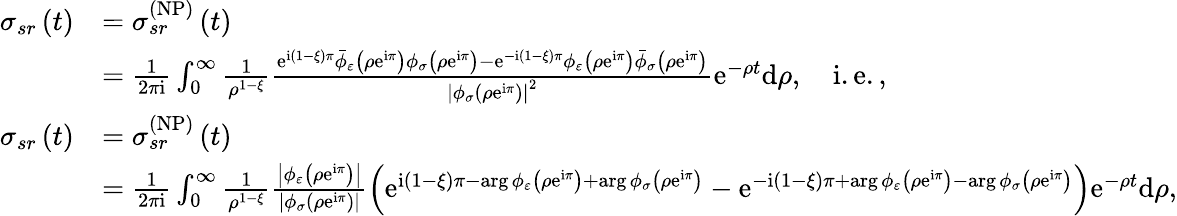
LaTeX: \begin{array}{rl}{\sigma_{sr}\left(t\right)}&{=\sigma_{sr}^{\left(\mathrm{NP}\right)}\left(t\right)}\\ &{=\frac{1}{2\pi\mathrm{i}}\int_{0}^{\infty}\frac{1}{\rho^{1-\xi}}\frac{\mathrm{e}^{\mathrm{i}\left(1-\xi\right)\pi}\bar{\phi}_{\varepsilon}\left(\rho\mathrm{e}^{\mathrm{i}\pi}\right)\phi_{\sigma}\left(\rho\mathrm{e}^{\mathrm{i}\pi}\right)-\mathrm{e}^{-\mathrm{i}\left(1-\xi\right)\pi}\phi_{\varepsilon}\left(\rho\mathrm{e}^{\mathrm{i}\pi}\right)\bar{\phi}_{\sigma}\left(\rho\mathrm{e}^{\mathrm{i}\pi}\right)}{\left\vert\phi_{\sigma}\left(\rho\mathrm{e}^{\mathrm{i}\pi}\right)\right\vert^{2}}\mathrm{e}^{-\rho t}\mathrm{d}\rho,\quad\mathrm{i.e.,}}\\ {\sigma_{sr}\left(t\right)}&{=\sigma_{sr}^{\left(\mathrm{NP}\right)}\left(t\right)}\\ &{=\frac{1}{2\pi\mathrm{i}}\int_{0}^{\infty}\frac{1}{\rho^{1-\xi}}\frac{\left\vert\phi_{\varepsilon}\left(\rho\mathrm{e}^{\mathrm{i}\pi}\right)\right\vert}{\left\vert\phi_{\sigma}\left(\rho\mathrm{e}^{\mathrm{i}\pi}\right)\right\vert}\left(\mathrm{e}^{\mathrm{i}\left(1-\xi\right)\pi-\arg\phi_{\varepsilon}\left(\rho\mathrm{e}^{\mathrm{i}\pi}\right)+\arg\phi_{\sigma}\left(\rho\mathrm{e}^{\mathrm{i}\pi}\right)}-\mathrm{e}^{-\mathrm{i}\left(1-\xi\right)\pi+\arg\phi_{\varepsilon}\left(\rho\mathrm{e}^{\mathrm{i}\pi}\right)-\arg\phi_{\sigma}\left(\rho\mathrm{e}^{\mathrm{i}\pi}\right)}\right)\mathrm{e}^{-\rho t}\mathrm{d}\rho,}\end{array}